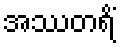
အဿတရိံ